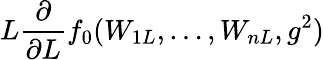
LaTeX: L\frac{\partial}{\partial L}f_{0}(W_{1L},\ldots,W_{nL},g^{2})